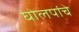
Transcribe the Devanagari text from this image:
घोलपांचे